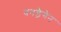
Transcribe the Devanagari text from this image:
वनड्रैगेन